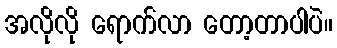
အလိုလို ရောက်လာ တော့တာပါပဲ။